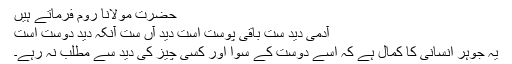
حضرت مولانا روم فرماتے ہیں
آدمی دید ست باقی پوست است دید آں ست آنکہ دید دوست است
یہ جوہر انسانی کا کمال ہے کہ اسے دوست کے سِوا اور کسی چیز کی دید سے مطلب نہ رہے۔